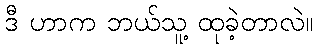
ဒီ ဟာက ဘယ်သူ့ ထုခဲ့တာလဲ။